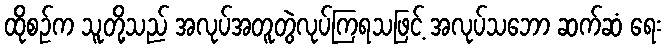
ထိုစဉ်က သူတို့သည် အလုပ်အတူတွဲလုပ်ကြရသဖြင့် အလုပ်သဘော ဆက်ဆံ ရေး